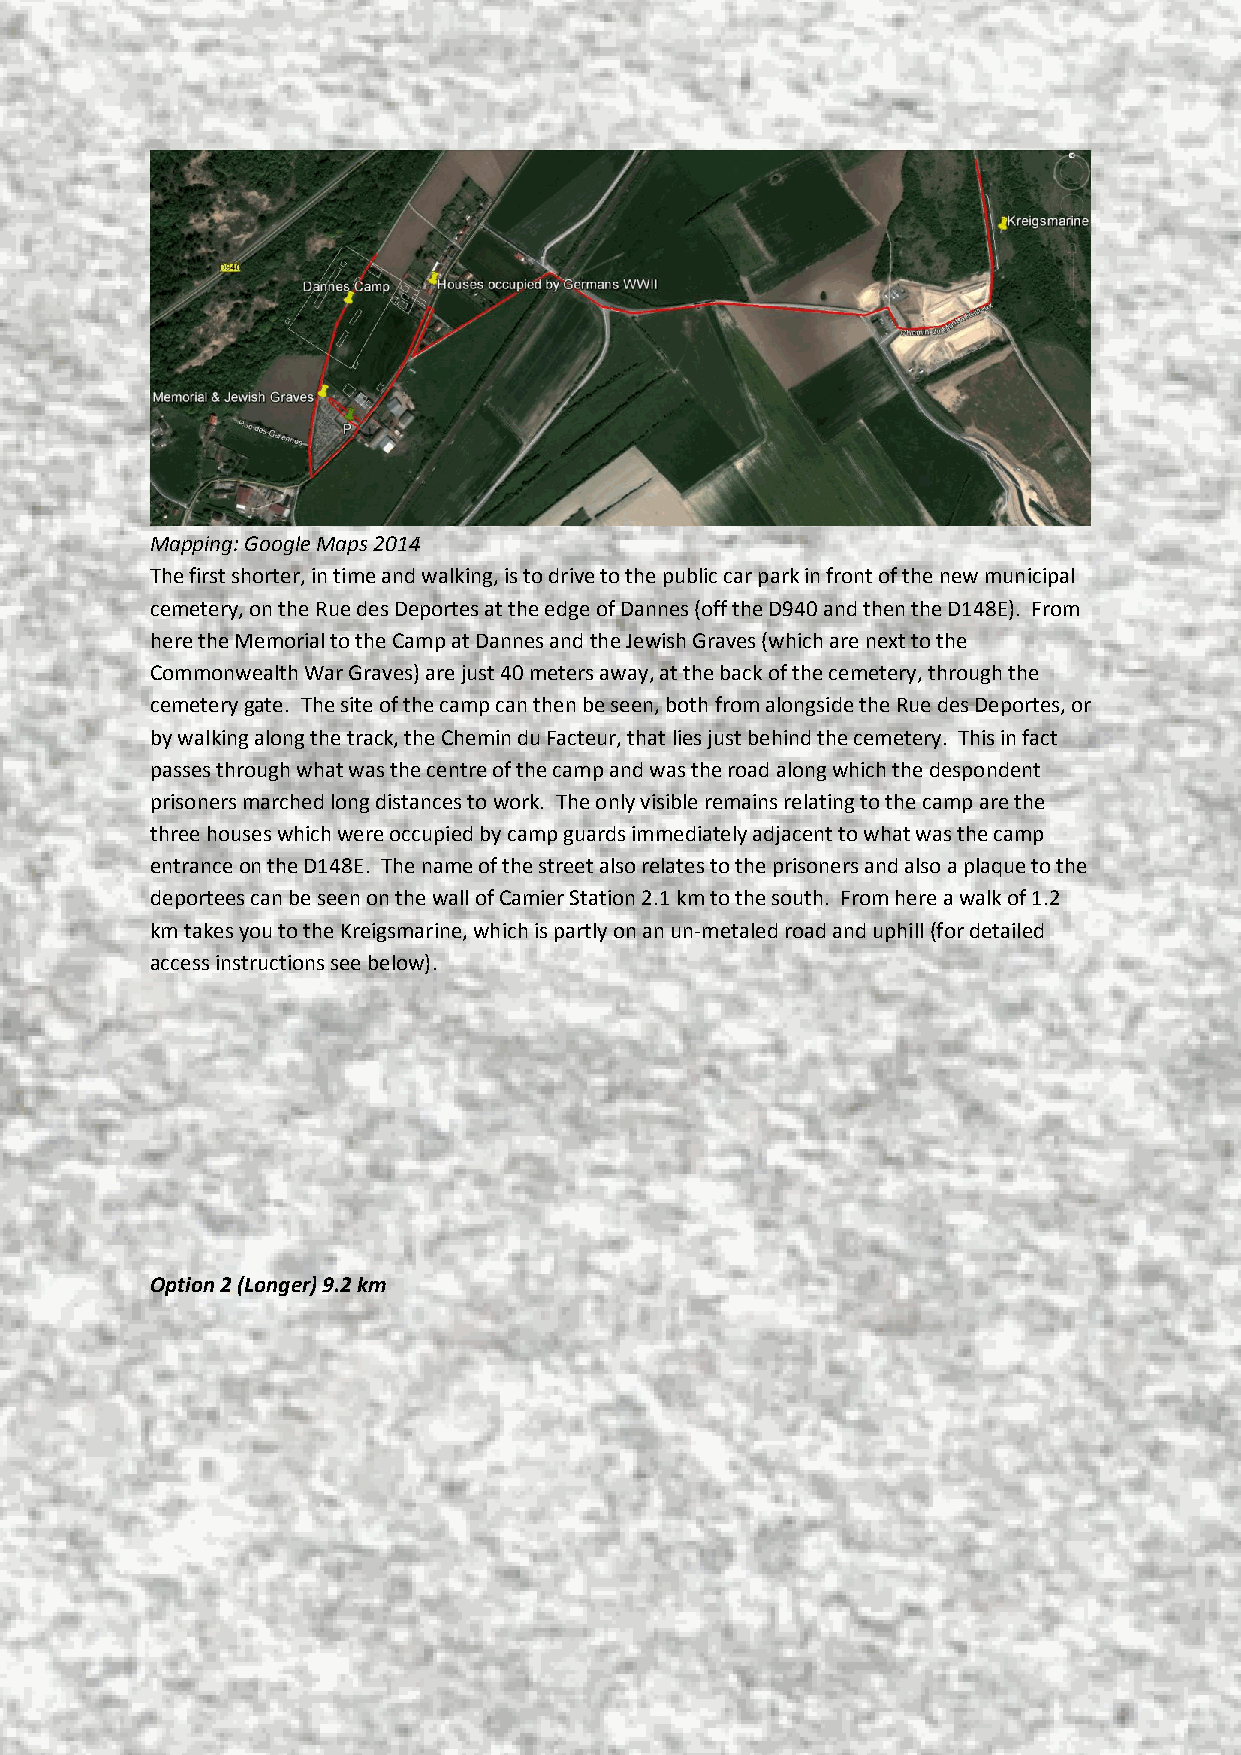
Mapping: Google Maps 2014
 The first shorter, in time and walking, is to drive to the public car park in front of the new municipal
 cemetery, on the Rue des Deportes at the edge of Dannes (off the D940 and then the D148E). From
 here the Memorial to the Camp at Dannes and the Jewish Graves (which are next to the
 Commonwealth War Graves) are just 40 meters away, at the back of the cemetery, through the
 cemetery gate. The site of the camp can then be seen, both from alongside the Rue des Deportes, or
 by walking along the track, the Chemin du Facteur, that lies just behind the cemetery. This in fact
 passes through what was the centre of the camp and was the road along which the despondent
 prisoners marched long distances to work. The only visible remains relating to the camp are the
 three houses which were occupied by camp guards immediately adjacent to what was the camp
 entrance on the D148E. The name of the street also relates to the prisoners and also a plaque to the
 deportees can be seen on the wall of Camier Station 2.1 km to the south. From here a walk of 1.2
 km takes you to the Kreigsmarine, which is partly on an un-metaled road and uphill (for detailed
 access instructions see below).
 Option 2 (Longer) 9.2 km